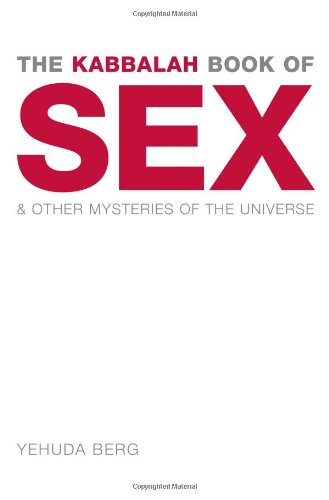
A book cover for The Kabbalah Book of Sex: And Other Mysteries of the Universe; Yehuda Berg; Religion & Spirituality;